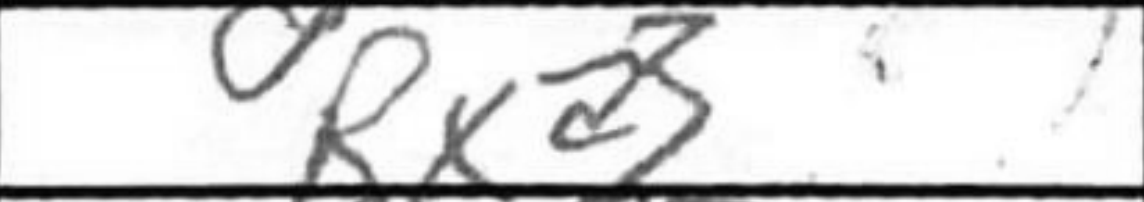
Transcription: Rxa3